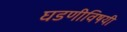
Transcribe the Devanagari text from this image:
घडणीविषयी